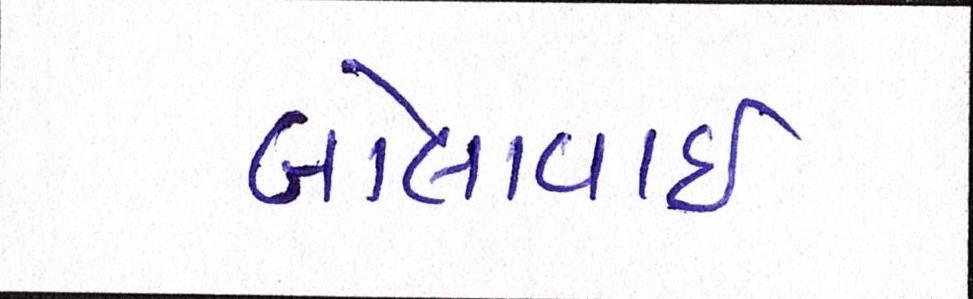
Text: બોલાવાઇ